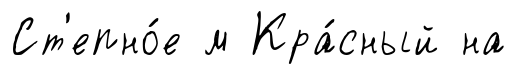
Ст'епно́е м Кра́сный на